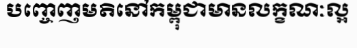
បញ្ចេញមតិនៅកម្ពុជាមានលក្ខណៈល្អ